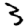
Digit: 3